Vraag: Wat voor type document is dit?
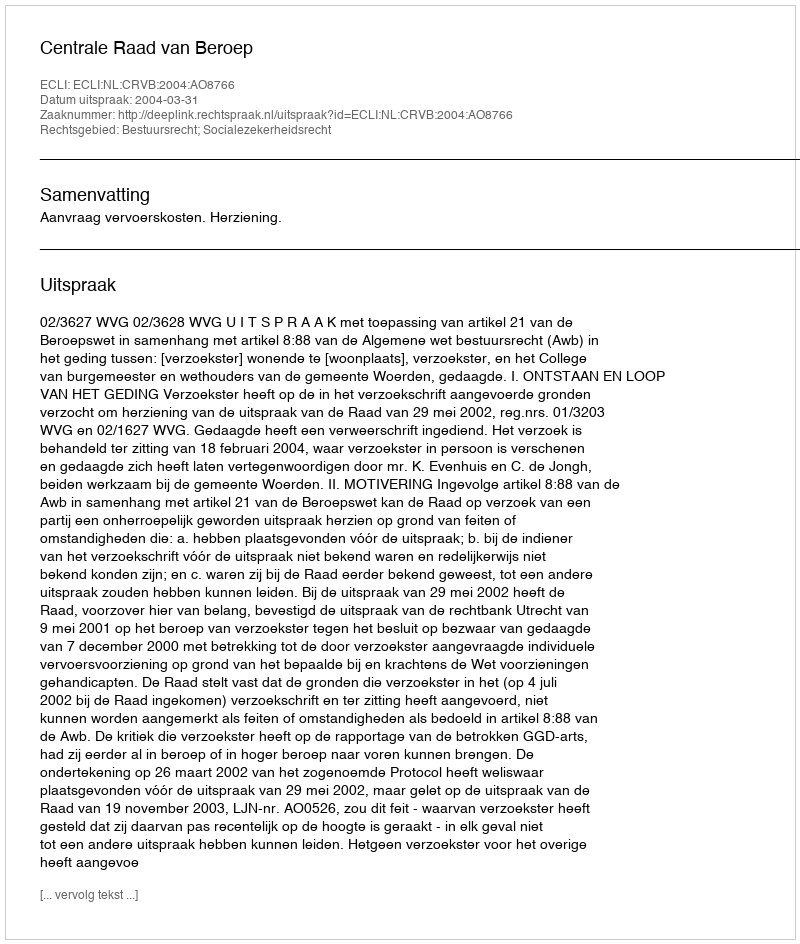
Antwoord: Uitspraak